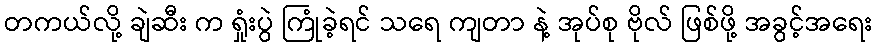
တကယ်လို့ ချဲဆီး က ရှုံးပွဲ ကြုံခဲ့ရင် သရေ ကျတာ နဲ့ အုပ်စု ဗိုလ် ဖြစ်ဖို့ အခွင့်အရေး